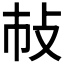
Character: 𢻵